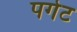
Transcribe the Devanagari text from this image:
पगेट